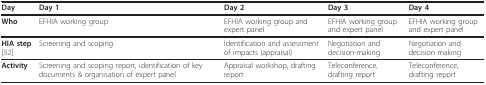
<table><thead><tr><td><b>Day</b></td><td><b>Day 1</b></td><td><b>Day 2</b></td><td><b>Day 3</b></td><td><b>Day 4</b></td></tr></thead><tbody><tr><td><b>Who</b></td><td>EFHIA working group</td><td>EFHIA working group and expert panel</td><td>EFHIA working group and expert panel</td><td>EFHIA working group and expert panel</td></tr><tr><td><b>HIA step </b>[52]</td><td>Screening and scoping</td><td>Identification and assessment of impacts (appraisal)</td><td>Negotiation and decision-making</td><td>Negotiation and decision making</td></tr><tr><td><b>Activity</b></td><td>Screening and scoping report, identification of key documents &amp; organisation of expert panel</td><td>Appraisal workshop, drafting report</td><td>Teleconference, drafting report</td><td>Teleconference, drafting report</td></tr></tbody></table>